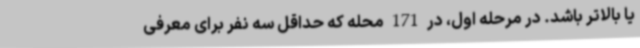
یا بالاتر باشد. در مرحله اول، در 171 محله که حداقل سه نفر برای معرفی